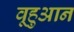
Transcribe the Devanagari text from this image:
वूहुआन